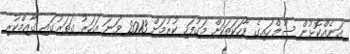
އަނެއްކޮޅުން ސުލްހައިގެ ވާހަކަތަކަށް މަގުފަހި ކުރުމަށް 2013 ވަނަ އަހަރު ގަތަރުގައި ގާއިމްކުރި